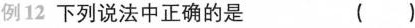
例12 下列说法中正确的是 ( )